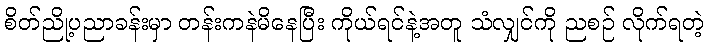
စိတ်ညို့ပညာခန်းမှာ တန်းကနဲမိနေပြီး ကိုယ်ရင်နဲ့အတူ သံလျှင်ကို ညစဉ် လိုက်ရတဲ့